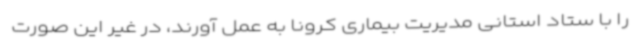
را با ستاد استانی مدیریت بیماری کرونا به عمل آورند، در غیر این صورت